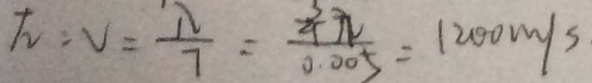
\sqrt { 2 } = V = \frac { \lambda } { 7 } = \frac { \frac { 3 } { 4 } \pi } { 0 . 0 0 5 } = 1 2 0 0 m / s